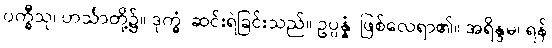
ပက္ခီသု၊ ဟင်္သာတို့၌။ ဒုက္ခံ၊ ဆင်းရဲခြင်းသည်။ ဥပ္ပန္နံ၊ ဖြစ်လေရာ၏။ အရိန္ဒမ၊ ရန်